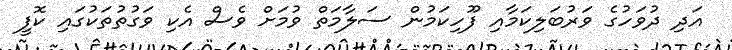
އަދި ދުވަހުގެ ވަރުބަލިކަމާއި ފޫހިކަމުން ސަލާމަތް ވުމަށް ވެސް އެކި ވަގުތުތަކުގައި ކޮފީ